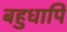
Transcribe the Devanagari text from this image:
बहुधापि